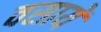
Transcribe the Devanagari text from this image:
वसायें